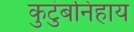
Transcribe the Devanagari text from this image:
कुटुंबनिहाय